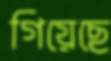
গিয়েছে